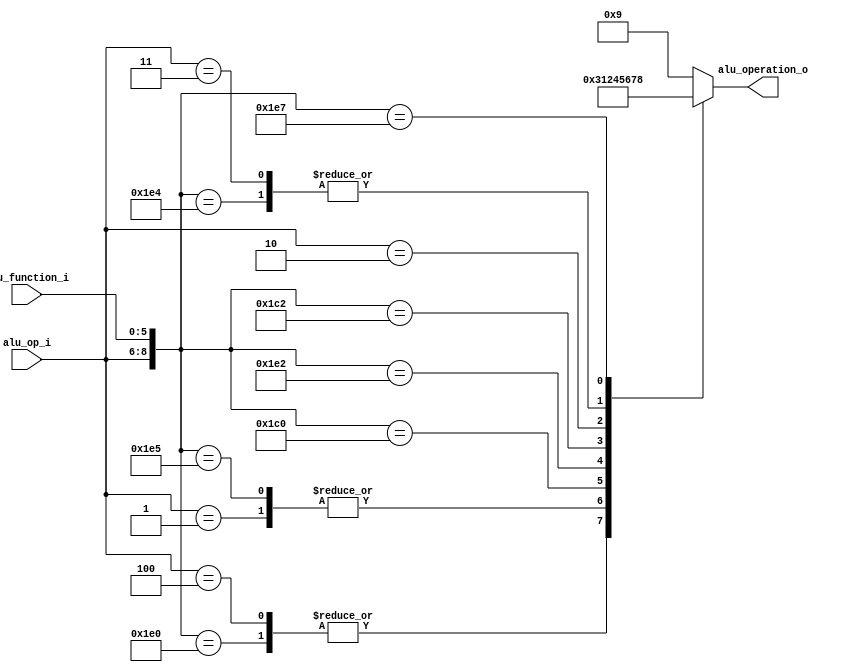
/******************************************************************
* Description
*	This is the control unit for the ALU. It receves an signal called 
*	ALUOp from the control unit and a signal called ALUFunction from
*	the intrctuion field named function.
* Version:
*	1.0
* Author:
*	Dr. Jos Luis Pizano Escalante
* email:
*	luispizano@iteso.mx
* Date:
*	05/07/2020
******************************************************************/
module ALU_Control
(
	input [2:0] alu_op_i,
	input [5:0] alu_function_i,
	
	output [3:0] alu_operation_o

);

// 									CTL_FUNCTN
//										111_020HEX
localparam R_TYPE_ADD    = 9'b111_100000;
//										100_XXXHEX
localparam I_TYPE_ADDI	 = 9'b100_xxxxxx; // las tipo I no tienen FUNCTN, por eso las 'x'
localparam I_TYPE_ORI	 = 9'b001_xxxxxx; // las tipo I no tienen FUNCTN, por eso las 'x'
localparam I_TYPE_LUI	 = 9'b010_xxxxxx; // las tipo I no tienen FUNCTN, por eso las 'x'
//										111_000HEX
localparam R_TYPE_SLL	 = 9'b111_000000;
//										111_022HEX
localparam R_TYPE_SUB	 = 9'b111_100010;
//										111_002HEX
localparam R_TYPE_SRL	 = 9'b111_000010;
localparam R_TYPE_OR		 = 9'b111_100101;
localparam R_TYPE_AND 	 = 9'b111_100100;
localparam I_TYPE_ANDI 	 = 9'b011_xxxxxx;
localparam R_TYPE_NOR    = 9'b111_100111;


reg [3:0] alu_control_values_r;
wire [8:0] selector_w;

// concatenacin entre la OP de ALU y la FNTN de ALU
assign selector_w = {alu_op_i, alu_function_i};
//							{b_i, 16'b0}

always@(selector_w)begin

	casex(selector_w)
		// 											  ARBITRARIOS
		R_TYPE_ADD:    alu_control_values_r = 4'b0011;
		I_TYPE_ADDI:	alu_control_values_r = 4'b0011;
		I_TYPE_ORI:		alu_control_values_r = 4'b0001;
		R_TYPE_OR:		alu_control_values_r = 4'b0001;
		R_TYPE_SLL: 	alu_control_values_r = 4'b0010;
		R_TYPE_SUB: 	alu_control_values_r = 4'b0100;
		R_TYPE_SRL: 	alu_control_values_r = 4'b0101;
		I_TYPE_LUI: 	alu_control_values_r = 4'b0110;
		R_TYPE_AND:    alu_control_values_r = 4'b0111;
		I_TYPE_ANDI:   alu_control_values_r = 4'b0111;
		R_TYPE_NOR:    alu_control_values_r = 4'b1000;
		

		default: alu_control_values_r = 4'b1001;
	endcase
	
end


assign alu_operation_o = alu_control_values_r;

endmodule